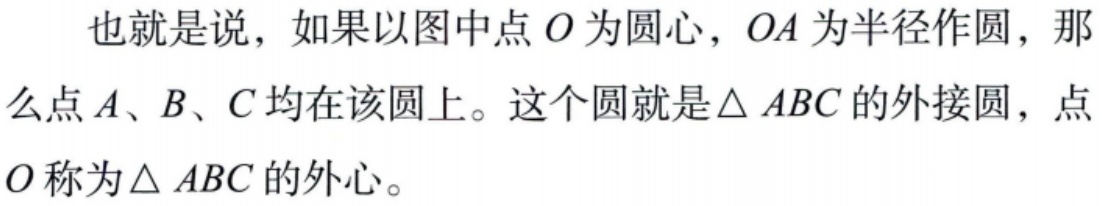
也就是说，如果以图中点\(O\)为圆心，\(OA\)为半径作圆，那么点\(A、B、C\)均在该圆上。这个圆就是\(\triangle ABC\)的外接圆，点\(O\)称为\(\triangle ABC\)的外心。